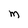
Character: m